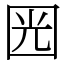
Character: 㘢